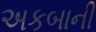
અકબાની